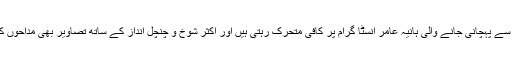
گالوں پر پڑتے ڈمپل کی وجہ سے پہچانی جانے والی ہانیہ عامر انسٹا گرام پر کافی متحرک رہتی ہیں اور اکثر شوخ و چنچل انداز کے ساتھ تصاویر بھی مداحوں کے ساتھ شیئر کرتی رہتی ہیں۔